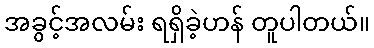
အခွင့်အလမ်း ရရှိခဲ့ဟန် တူပါတယ်။